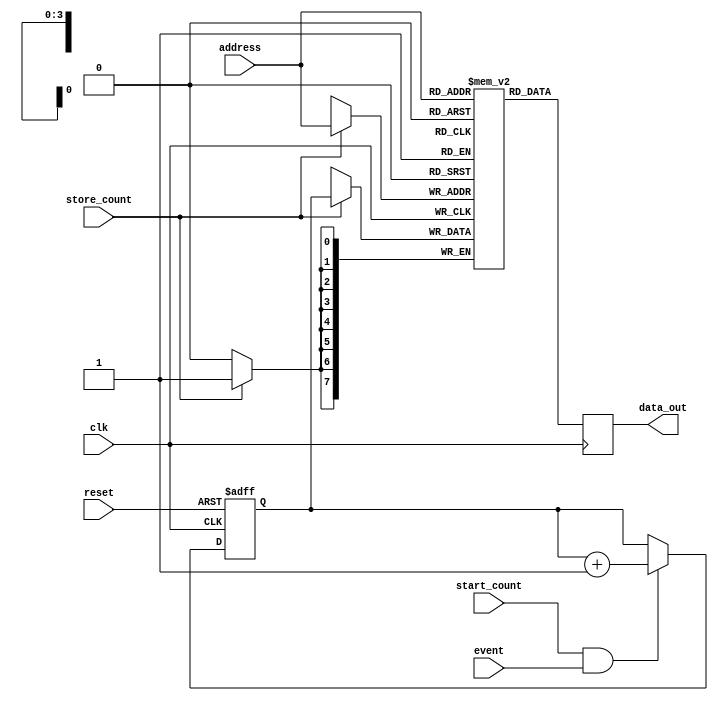
module event_counter (
    input wire clk,
    input wire reset,
    input wire event,
    input wire start_count,
    input wire store_count,
    input wire [3:0] address, // Assuming 16 memory locations (4-bit address)
    output reg [7:0] data_out // Assuming 8-bit count value
);

    // Counter Module
    reg [7:0] count; // 8-bit counter

    always @(posedge clk or posedge reset) begin
        if (reset) begin
            count <= 8'b0; // Reset count to zero
        end else if (start_count && event) begin
            count <= count + 1; // Increment count on event
        end
    end

    // Memory Module
    reg [7:0] memory [0:15]; // 16 x 8-bit memory

    always @(posedge clk) begin
        if (store_count) begin
            memory[address] <= count; // Store count in memory at specified address
        end
    end

    // Readback Functionality
    always @(posedge clk) begin
        data_out <= memory[address]; // Read data from memory
    end

endmodule